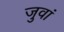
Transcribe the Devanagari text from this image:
जुवां